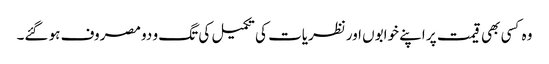
وہ کسی بھی قیمت پر اپنے خوابوں اورنظریات کی تکمیل کی تگ و دو مصروف ہو گئے۔